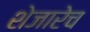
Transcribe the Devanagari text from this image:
शेजारेच